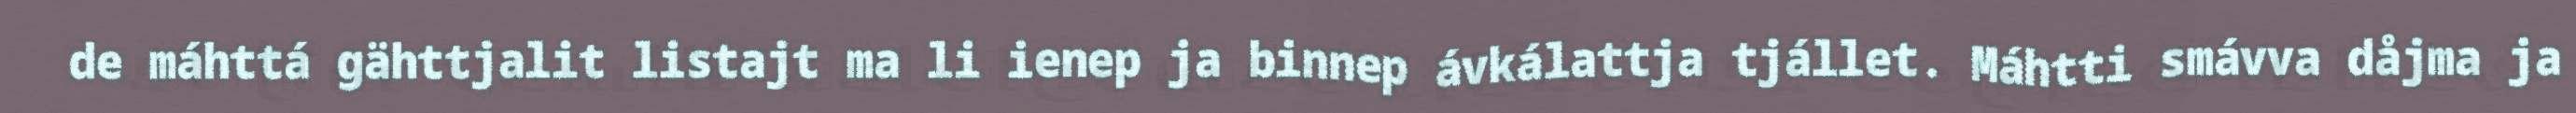
de máhttá gähttjalit listajt ma li ienep ja binnep ávkálattja tjállet. Máhtti smávva dåjma ja